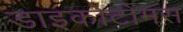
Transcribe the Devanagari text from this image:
डाइकोटोमस